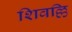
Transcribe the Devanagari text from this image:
शिवल्लि